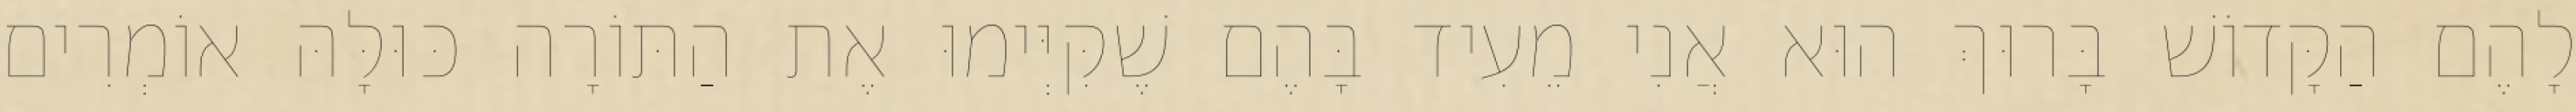
לָהֶם הַקָּדוֹשׁ בָּרוּךְ הוּא אֲנִי מֵעִיד בָּהֶם שֶׁקִּיְּימוּ אֶת הַתּוֹרָה כּוּלָּהּ אוֹמְרִים